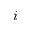
i